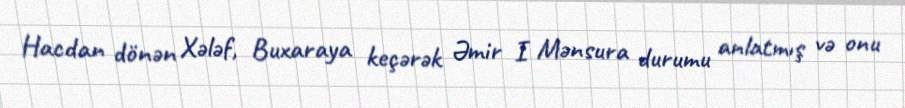
Hacdan dönən Xələf, Buxaraya keçərək Əmir I Mənsura durumu anlatmış və onu